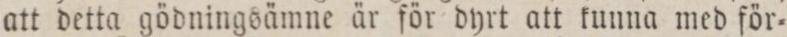
att detta gödningsämne är för dyrt att kunna med för=